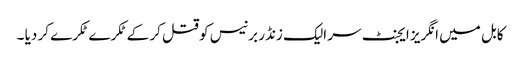
کابل میں انگریز ایجنٹ سر الیک زنڈر برنیس کو قتل کر کے ٹکرے ٹکرے کر دیا ۔